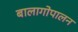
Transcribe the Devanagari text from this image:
बालागोपालन